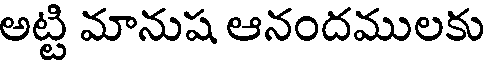
అట్టి మానుష ఆనందములకు